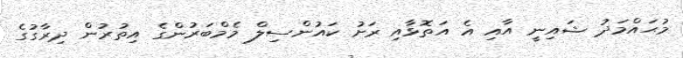
މުޙައްމަދު ޝައިނީ އާއި އެ އަތޮޅާއި ރަށު ކައުންސިލް މެމްބަރުންގެ އިތުރުން ދިރާގުގެ